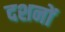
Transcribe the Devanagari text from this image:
दशनों